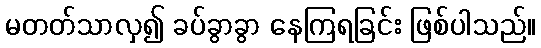
မတတ်သာလှ၍ ခပ်ခွာခွာ နေကြရခြင်း ဖြစ်ပါသည်။